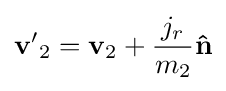
\mathbf {v'} _{2}=\mathbf {v} _{2}+{\frac {j_{r}}{m_{2}}}\mathbf {\hat {n}}